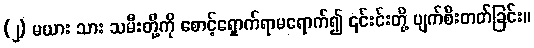
(၂) မယား သား သမီးတို့ကို စောင့်ရှောက်ရာမရောက်၍ ၎င်းင်းတို့ ပျက်စီးတတ်ခြင်း။